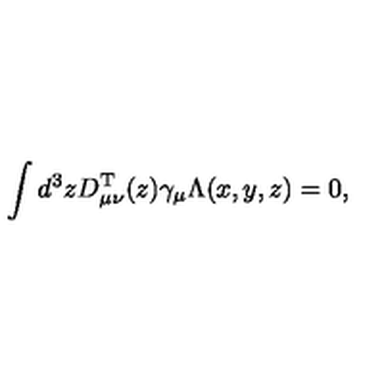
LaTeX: \int d ^ { 3 } z D _ { \mu \nu } ^ { \mathrm { T } } ( z ) \gamma _ { \mu } \Lambda ( x , y , z ) = 0 ,